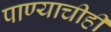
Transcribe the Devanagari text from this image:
पाण्याचीही